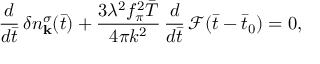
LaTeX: \frac { d } { d \bar { t } } \, \delta n _ { \mathbf { k } } ^ { \sigma } ( \bar { t } ) + \frac { 3 \lambda ^ { 2 } f _ { \pi } ^ { 2 } \bar { T } } { 4 \pi k ^ { 2 } } \, \frac { d } { d \bar { t } } \, \mathcal { F } ( \bar { t } - \bar { t } _ { 0 } ) = 0 ,